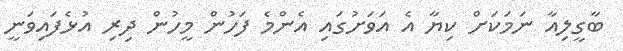
ބާގީލިއާ ނަމަކަށް ކިޔާ އެ އަވަށުގައި އެންމެ ފަހުން މީހުން ދިރި އުޅެފައިވަނީ